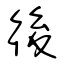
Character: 後